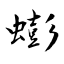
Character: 蟛